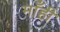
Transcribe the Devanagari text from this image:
माँही